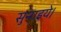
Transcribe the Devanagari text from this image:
सुनाइये।